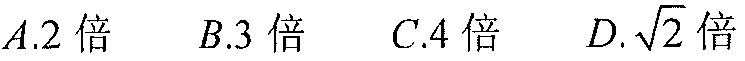
$A.2\text{ 倍}\ \ \ B.3\text{ 倍}\ \ \ C.4\text{ 倍}\ \ \ D.\sqrt{2}\text{ 倍}$